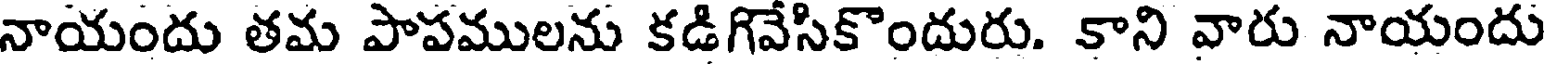
నాయందు తమ పాపములను కడిగివేసికొందురు. కాని వారు నాయందు